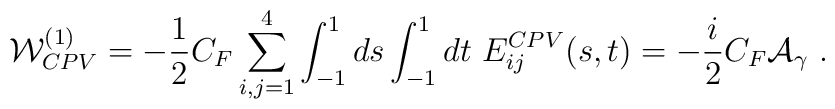
{\cal W}_{CPV}^{(1)} = - {1\over 2} C_F \sum_{i,j=1}^4 \int_{-1}^1 ds\int_{-1}^1dt\ E_{ij}^{CPV} (s,t) =-{i\over 2} C_F {\cal A}_{\gamma} \ .